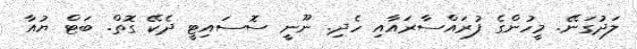
ލަދުގަނޭ. މީހުންގެ ފުރައްސާރައާއި ހެދި. ނޫނީ ސޮސައިޓީ ދެކޭ ގޮތް. ބަޓް ޔުއާ